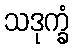
သဒုက္ခံ